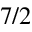
7 / 2